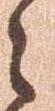
々